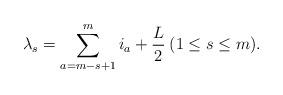
LaTeX: \begin{align*} \lambda _s = \sum_{a=m-s+1}^{m} i_a + \frac{L}{2} \medspace ( 1 \leq s \leq m ).\end{align*}